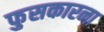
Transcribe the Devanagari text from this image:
फुसकारना